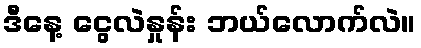
ဒီနေ့ ငွေလဲနှုန်း ဘယ်လောက်လဲ။